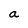
Character: a